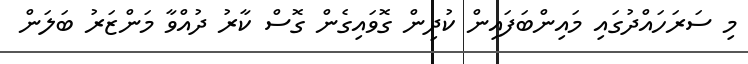
މި ސަރަހައްދުގައި މައިންބަފައިން ކުދިން ގޮވައިގެން ގޮސް ކާރު ދުއްވާ މަންޒަރު ބަލަން